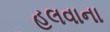
હલવાના